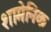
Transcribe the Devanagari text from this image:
शामेनिक